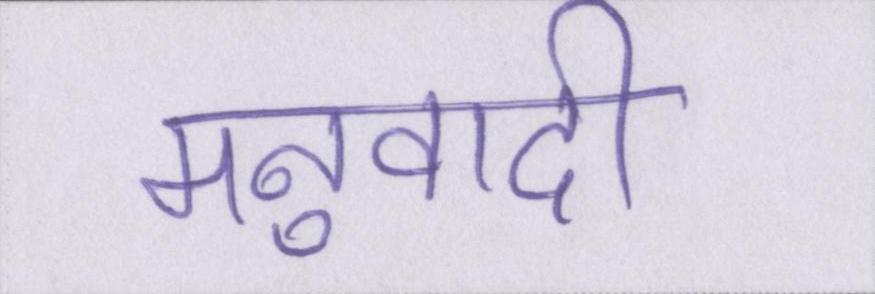
मनुवादी